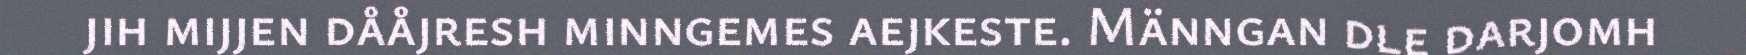
jih mijjen dååjresh minngemes aejkeste. Männgan dle darjomh